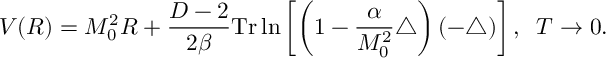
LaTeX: V ( R ) = M _ { 0 } ^ { 2 } R + \frac { D - 2 } { 2 \beta } \mathrm { T r } \ln \left[ \left( 1 - \frac { \alpha } { M _ { 0 } ^ { 2 } } \triangle \right) ( - \triangle ) \right] , \; \; T \to 0 .